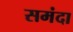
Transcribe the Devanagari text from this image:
समंदा